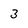
Character: 3